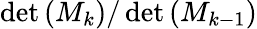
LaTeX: \operatorname*{det}\left(M_{k}\right)/\operatorname*{det}\left(M_{k-1}\right)